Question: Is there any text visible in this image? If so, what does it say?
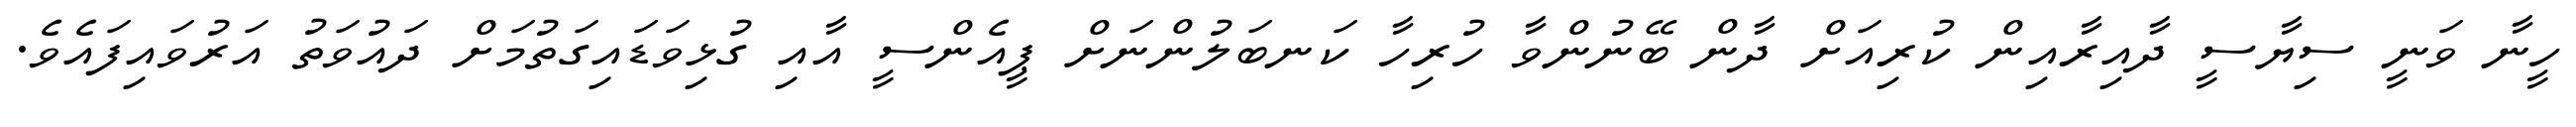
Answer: ހީނާ ވަނީ ސިޔާސީ ދާއިރާއިން ކުރިއަށް ދާން ބޭނުންވާ ހުރިހާ ކަނބަލުންނަށް ޕީއެންސީ އާއި ގުޅިވަޑައިގަތުމަށް ދައުވަތު އަރުވައިފައެވެ.